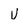
Character: v